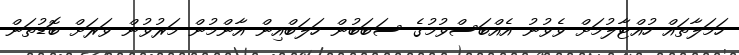
ހަމަލާތައް ހުއްޓާލުމަށް ވެވުނު އެއްބަސްވުމުގެ ސަބަބުން ހަލަބްއިން އާންމުން މަރުވުން ވަރަށް ބޮޑުތަން